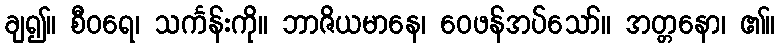
ချ၍။ စီဝရေ၊ သင်္ကန်းကို။ ဘာဇိယမာနေ၊ ဝေဖန်အပ်သော်။ အတ္တနော၊ ၏။